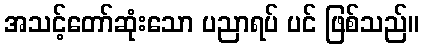
အသင့်တော်ဆုံးသော ပညာရပ် ပင် ဖြစ်သည်။